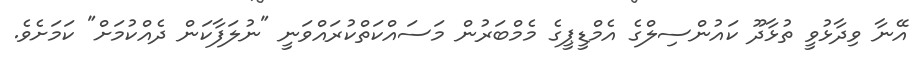
އޭނާ ވިދާޅުވީ ތުޅާދޫ ކައުންސިލްގެ އެމްޑީޕީގެ މެމްބަރުން މަސައްކަތްކުރައްވަނީ "ނުލަފާކަން ދެއްކުމަށް" ކަމަށެވެ.